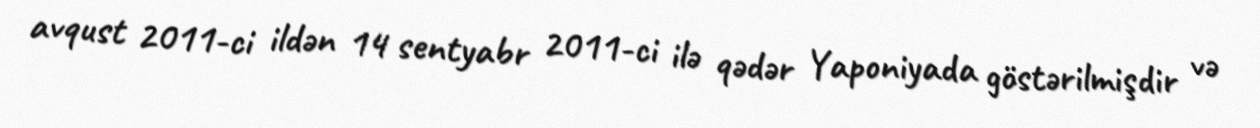
avqust 2011-ci ildən 14 sentyabr 2011-ci ilə qədər Yaponiyada göstərilmişdir və